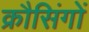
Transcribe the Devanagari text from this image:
क्रौसिंगों